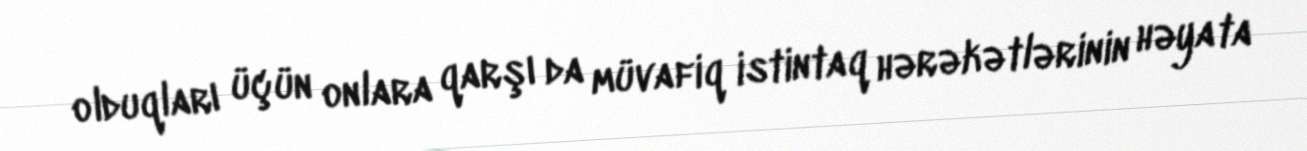
olduqları üçün onlara qarşı da müvafiq istintaq hərəkətlərinin həyata